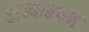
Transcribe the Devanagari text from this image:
राज्यातपण